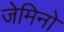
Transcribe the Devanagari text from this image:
जेमिनो